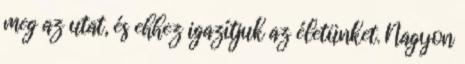
meg az utat, és ehhez igazítjuk az életünket. Nagyon